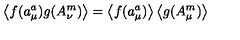
\left\langle f ( a _ { \mu } ^ { a } ) g ( A _ { \nu } ^ { m } ) \right\rangle = \left\langle f ( a _ { \mu } ^ { a } ) \right\rangle \left\langle g ( A _ { \mu } ^ { m } ) \right\rangle